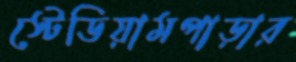
স্টেডিয়ামপাড়ার